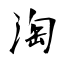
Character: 淘